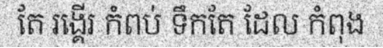
តែ រង្គើរ កំពប់ ទឹកតែ ដែល កំពុង